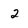
Character: 2